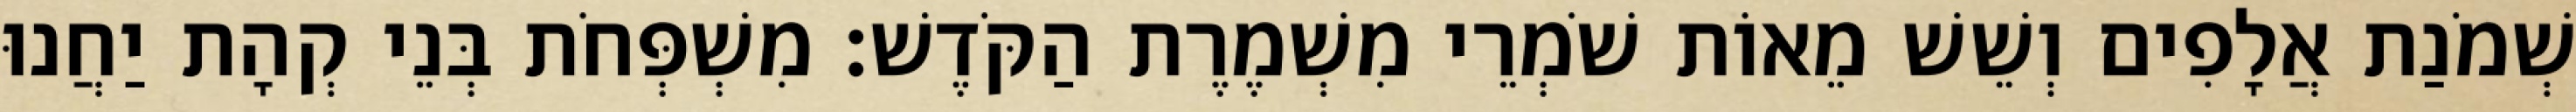
שְׁמֹנַת אֲלָפִים וְשֵׁשׁ מֵאוֹת שֹׁמְרֵי מִשְׁמֶרֶת הַקֹּדֶשׁ׃ מִשְׁפְּחֹת בְּנֵי קְהָת יַחֲנוּ